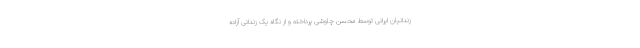
زندانیان ایرانی توسط محسن چاوشی پرداخته و از نگاه یک زندانی آزاده